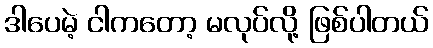
ဒါပေမဲ့ ငါကတော့ မလုပ်လို့ ဖြစ်ပါတယ်